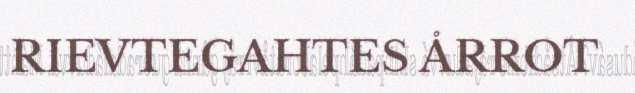
RIEVTEGAHTES ÅRROT